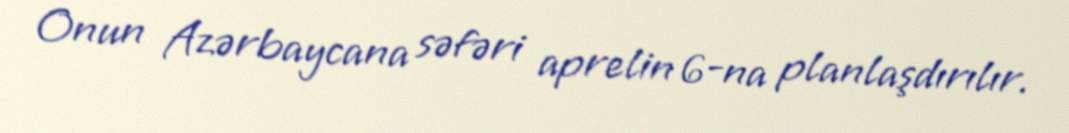
Onun Azərbaycana səfəri aprelin 6-na planlaşdırılır.